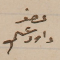
عضو داود عسى